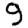
Digit: 9